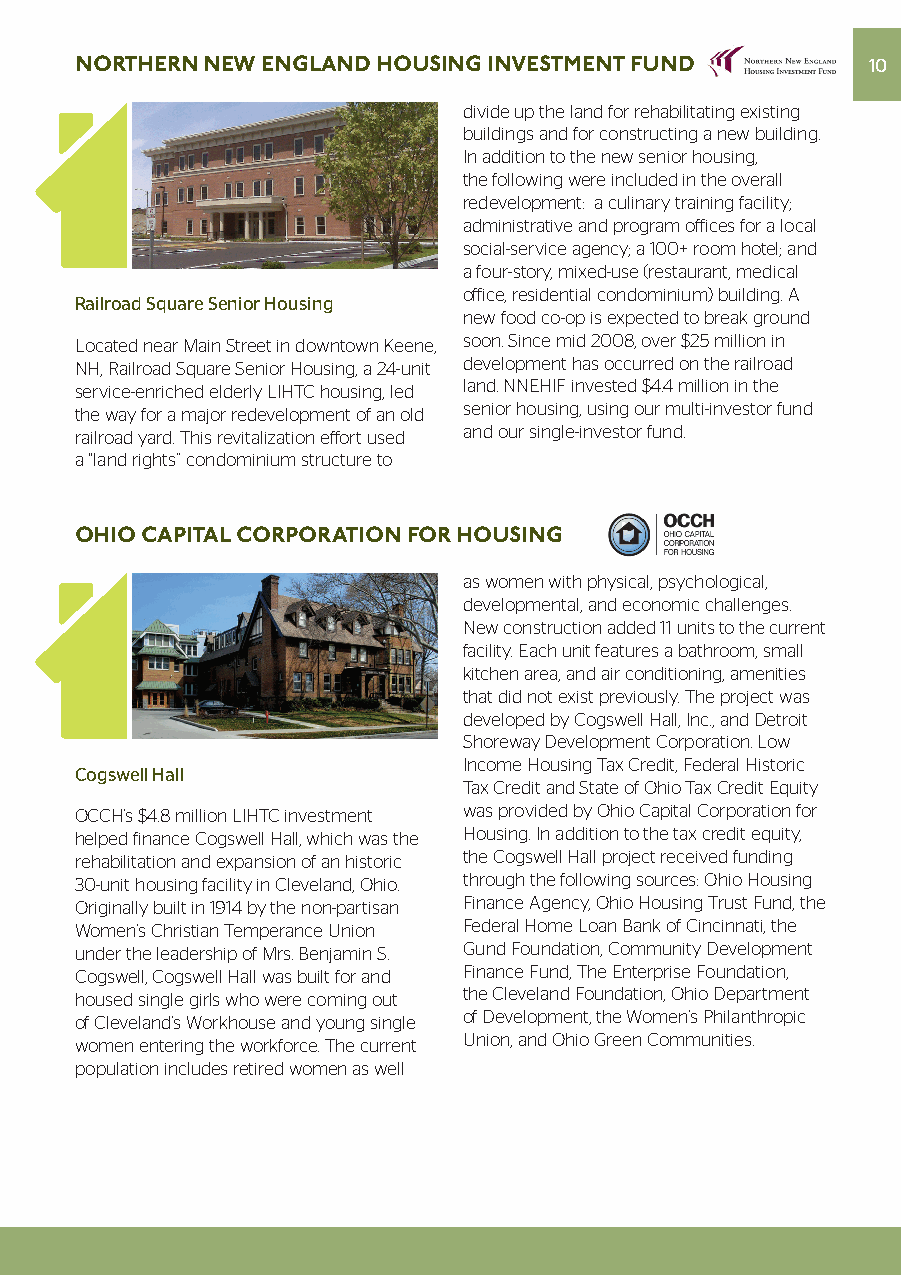
NORTHERN NEW ENGLAND HOUSING INVESTMENT FUND        10
 divide up the land for rehabilitating existing
 buildings and for constructing a new building.
 In addition to the new senior housing,
 the following were included in the overall
 redevelopment: a culinary training facility;
 administrative and program offices for a local
 social-service agency; a 100+ room hotel; and
 a four-story, mixed-use (restaurant, medical
 office, residential condominium) building. A
 Railroad Square Senior Housing
 new food co-op is expected to break ground
 Located near Main Street in downtown Keene, soon. Since mid 2008, over $25 million in
 NH, Railroad Square Senior Housing, a 24-unit development has occurred on the railroad
 service-enriched elderly LIHTC housing, led land. NNEHIF invested $4.4 million in the
 the way for a major redevelopment of an old senior housing, using our multi-investor fund
 railroad yard. This revitalization effort used and our single-investor fund.
 a “land rights” condominium structure to
 OHIO CAPITAL CORPORATION FOR HOUSING
 as women with physical, psychological,
 developmental, and economic challenges.
 New construction added 11 units to the current
 facility. Each unit features a bathroom, small
 kitchen area, and air conditioning, amenities
 that did not exist previously. The project was
 developed by Cogswell Hall, Inc., and Detroit
 Shoreway Development Corporation. Low
 Income Housing Tax Credit, Federal Historic
 Cogswell Hall
 Tax Credit and State of Ohio Tax Credit Equity
 OCCH’s $4.8 million LIHTC investment was provided by Ohio Capital Corporation for
 helped finance Cogswell Hall, which was the Housing. In addition to the tax credit equity,
 rehabilitation and expansion of an historic the Cogswell Hall project received funding
 30-unit housing facility in Cleveland, Ohio. through the following sources: Ohio Housing
 Originally built in 1914 by the non-partisan Finance Agency, Ohio Housing Trust Fund, the
 Women’s Christian Temperance Union Federal Home Loan Bank of Cincinnati, the
 under the leadership of Mrs. Benjamin S. Gund Foundation, Community Development
 Cogswell, Cogswell Hall was built for and Finance Fund, The Enterprise Foundation,
 housed single girls who were coming out the Cleveland Foundation, Ohio Department
 of Cleveland’s Workhouse and young single of Development, the Women’s Philanthropic
 women entering the workforce. The current Union, and Ohio Green Communities.
 population includes retired women as well